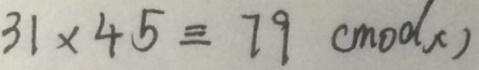
3 1 \times 4 5 \equiv 7 9 ( m o d x )